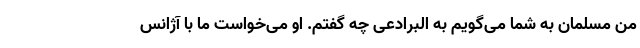
من مسلمان به شما می‌گویم به البرادعی چه گفتم. او می‌خواست ما با آژانس